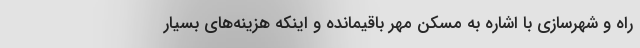
راه و شهرسازی با اشاره به مسکن مهر باقیمانده و اینکه هزینه‌های بسیار